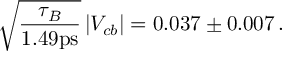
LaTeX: \sqrt { \frac { \tau _ { B } } { 1 . 4 9 \mathrm { p s } } } \, | V _ { c b } | = 0 . 0 3 7 \pm 0 . 0 0 7 \, .